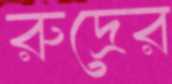
রুদ্রের